Annual administration report of the Civil Veterinary Department of India - 1896-1897
Year: 1896
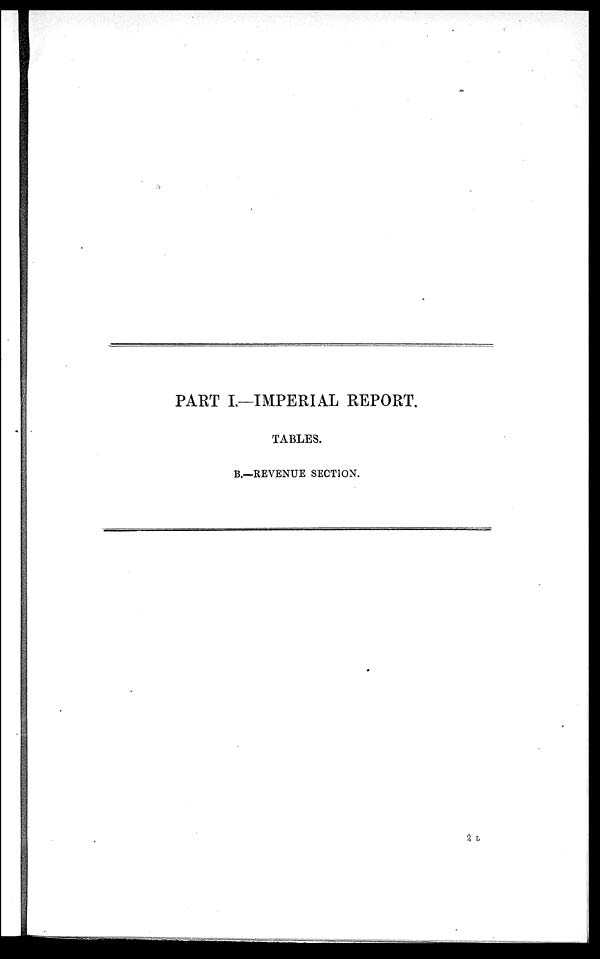
PART I.—IMPERIAL REPORT.
TABLES.
B.—REVENUE SECTION.